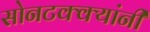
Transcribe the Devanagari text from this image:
सोनटक्क्यांनी